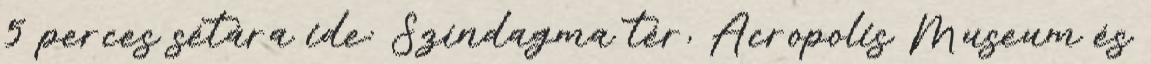
5 perces sétára ide: Színdagma tér, Acropolis Museum és